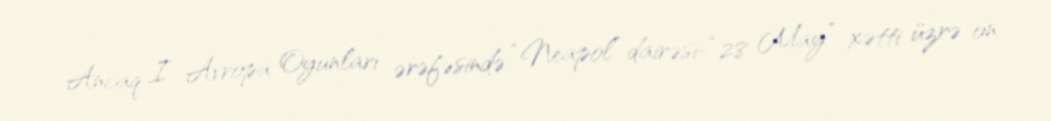
Ancaq I Avropa Oyunları ərəfəsində “Neapol” dairəsi-“28 May” xətti üzrə on